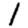
Digit: 1